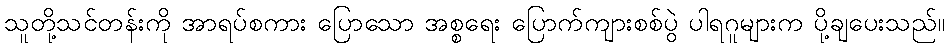
သူတို့သင်တန်းကို အာရပ်စကား ပြောသော အစ္စရေး ပြောက်ကျားစစ်ပွဲ ပါရဂူများက ပို့ချပေးသည်။